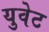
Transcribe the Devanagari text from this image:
युवेट